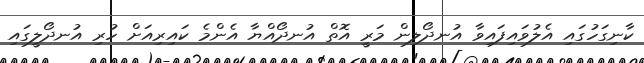
ކާނިގަހުގައި އެލުވައިފައިވާ އުނދޯލިން މަރީ އޮތް އުނދޯއްޔާ އެންމެ ކައިރިއަށް ހުރި އުނދޯލީގައި